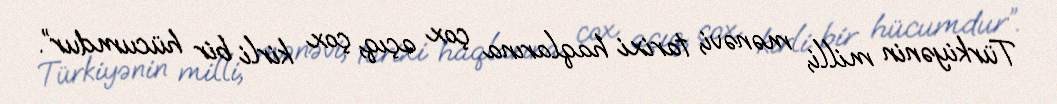
Türkiyənin milli, mənəvi, tarixi haqlarına çox açıq, çox kirli bir hücumdur”.